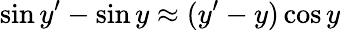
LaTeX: \sin y^{\prime}-\sin y\approx(y^{\prime}-y)\cos y